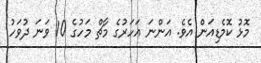
މޮޅު ކޮމެޑިއަން އެވެ. އަންނަ އަހަރުގެ މާޗް މަހުގެ 10 ވަނަ ދުވަހު